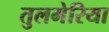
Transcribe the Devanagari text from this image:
तुलमेरिया